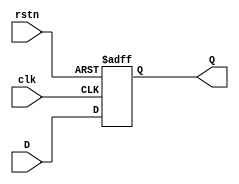
module D_ff #(parameter BITS = 4) (
    input clk, rstn,
    input [BITS - 1 : 0] D,
    output [BITS - 1 : 0] Q
);
    reg [BITS - 1 : 0] Q_next, Q_reg;

    always @(*) begin
        Q_next = D;
    end
 
    always @(posedge clk, negedge rstn) begin
        if (!rstn) 
            Q_reg <= 0;
        else
            Q_reg <= Q_next;
    end

    assign Q = Q_reg;
endmodule